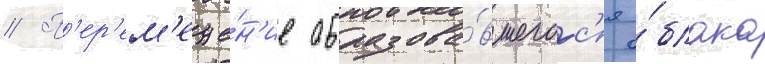
// П'ер'ем'еще́н'ие образова́вшегос'я о́блака